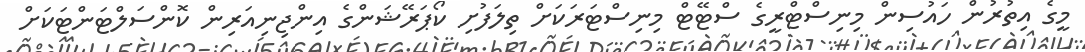
މީގެ އިތުރުން ހައުސިން މިނިސްޓްރީގެ ސްޓޭޓް މިނިސްޓަރަކަށް ތިލަފުށި ކޯޕަރޭޝަންގެ އިންޖިނިއަރިން ކޮންސަލްޓަންޓަކަށް